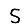
Digit: 5